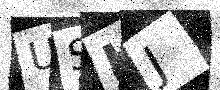
Text: USKJ